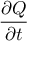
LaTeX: { \big . } { \frac { \partial Q } { \partial t } } { \big . }